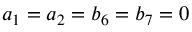
a _ { 1 } = a _ { 2 } = b _ { 6 } = b _ { 7 } = 0